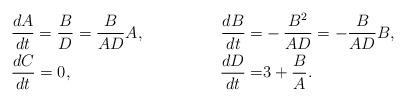
LaTeX: \begin{align*}&\frac{dA}{dt} =\frac{B}{D}=\frac{B}{AD}A, &\frac{dB}{dt} =&-\frac{B^{2}}{AD}=-\frac{B}{AD}B, \\&\frac{dC}{dt} =0, &\frac{dD}{dt} =&3+\frac{B}{A}.\end{align*}